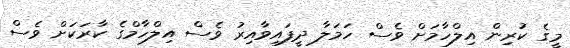
މީގެ ކުރިން އިލްހާމަށް ވެސް ހަމަލާ ދީފައިވާއިރު ވެސް އިލްހާމްގެ ކާރަކަށް ވެސް